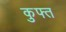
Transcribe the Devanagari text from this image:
कुफ्त